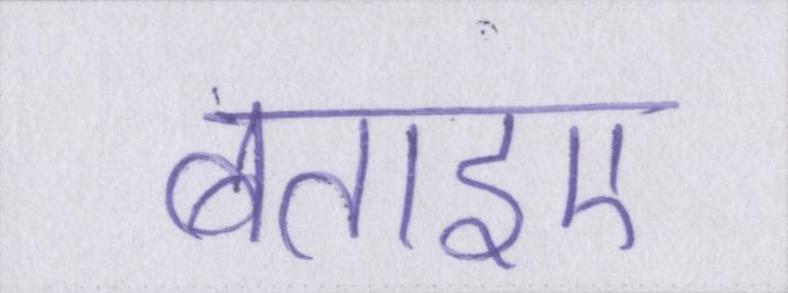
बताइए